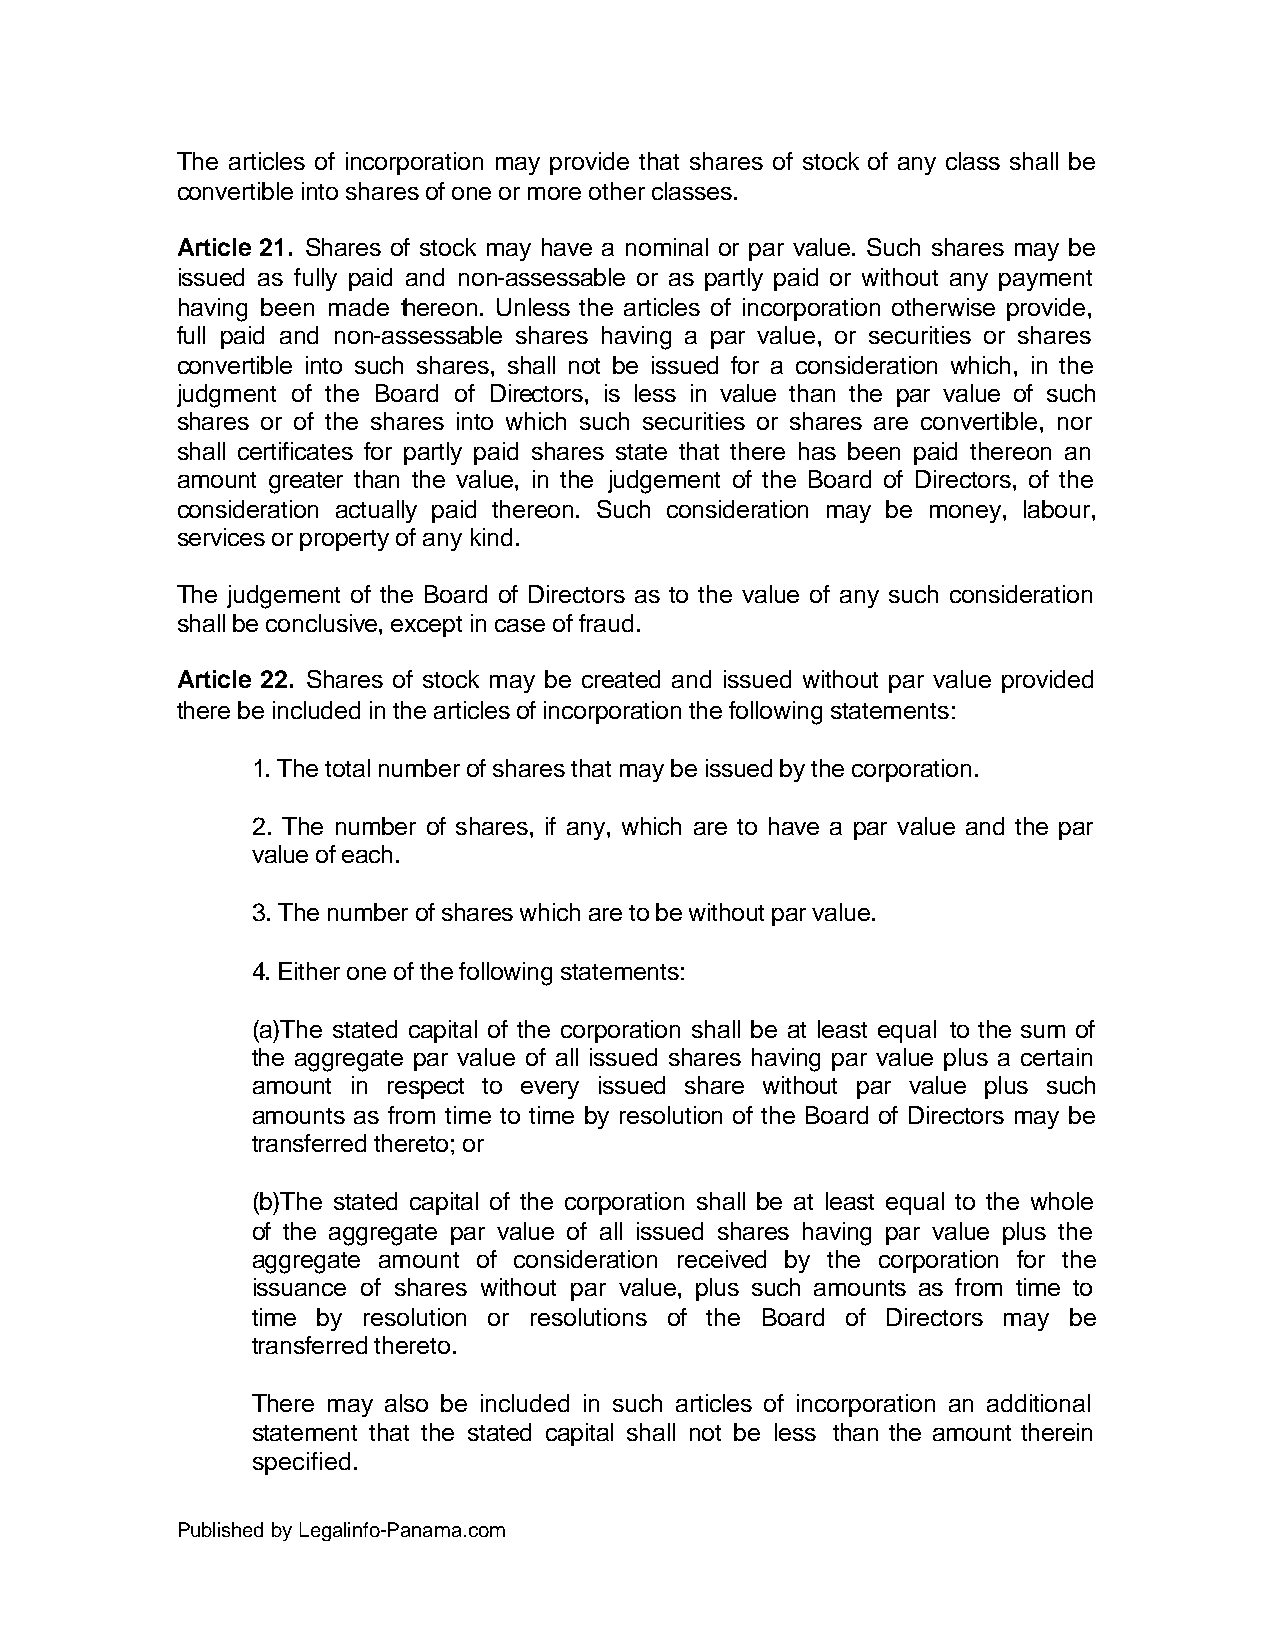
The articles of incorporation may provide that shares of stock of any class shall be
 convertible into shares of one or more other classes.
 Article 21. Shares of stock may have a nominal or par value. Such shares may be
 issued as fully paid and non-assessable or as partly paid or without any payment
 having been made thereon. Unless the articles of incorporation otherwise provide,
 full paid and non-assessable shares having a par value, or securities or shares
 convertible into such shares, shall not be issued for a consideration which, in the
 judgment of the Board of Directors, is less in value than the par value of such
 shares or of the shares into which such securities or shares are convertible, nor
 shall certificates for partly paid shares state that there has been paid thereon an
 amount greater than the value, in the judgement of the Board of Directors, of the
 consideration actually paid thereon. Such consideration may be money, labour,
 services or property of any kind.
 The judgement of the Board of Directors as to the value of any such consideration
 shall be conclusive, except in case of fraud.
 Article 22. Shares of stock may be created and issued without par value provided
 there be included in the articles of incorporation the following statements:
 1. The total number of shares that may be issued by the corporation.
 2. The number of shares, if any, which are to have a par value and the par
 value of each.
 3. The number of shares which are to be without par value.
 4. Either one of the following statements:
 (a)The stated capital of the corporation shall be at least equal to the sum of
 the aggregate par value of all issued shares having par value plus a certain
 amount in respect to every issued share without par value plus such
 amounts as from time to time by resolution of the Board of Directors may be
 transferred thereto; or
 (b)The stated capital of the corporation shall be at least equal to the whole
 of the aggregate par value of all issued shares having par value plus the
 aggregate amount of consideration received by the corporation for the
 issuance of shares without par value, plus such amounts as from time to
 time by resolution or resolutions of the Board of Directors may be
 transferred thereto.
 There may also be included in such articles of incorporation an additional
 statement that the stated capital shall not be less than the amount therein
 specified.
 Published by Legalinfo-Panama.com